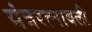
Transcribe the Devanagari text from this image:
यंत्ररत्नावली